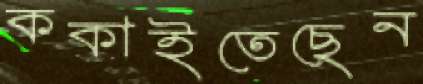
ককাইতেছেন